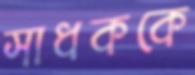
সাধককে